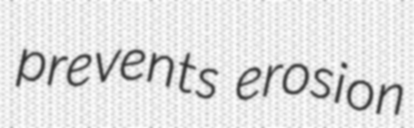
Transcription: prevents erosion